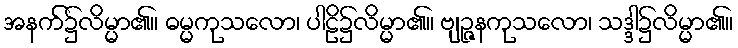
အနက်၌လိမ္မာ၏။ ဓမ္မကုသလော၊ ပါဠိ၌လိမ္မာ၏။ ဗျဉ္ဇနကုသလော၊ သဒ္ဒါ၌လိမ္မာ၏။